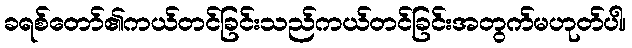
ခရစ်တော်၏ကယ်တင်ခြင်းသည်ကယ်တင်ခြင်းအတွက်မဟုတ်ပါ၊